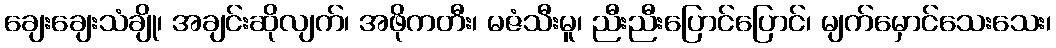
ချေးချေးသံချို၊ အချင်းဆိုလျက်၊ အဖိုကတီး၊ မဇံသီးမူ၊ ညီးညီးပြောင်ပြောင်၊ မျက်မှောင်သေးသေး၊